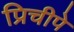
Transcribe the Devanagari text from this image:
प्रिचीपे